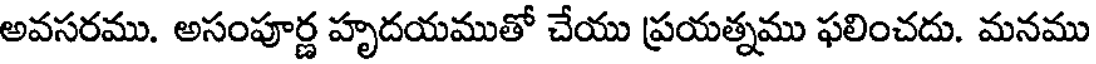
అవసరము. అసంపూర్ణ హృదయముతో చేయు ప్రయత్నము ఫలించదు. మనము